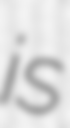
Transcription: is